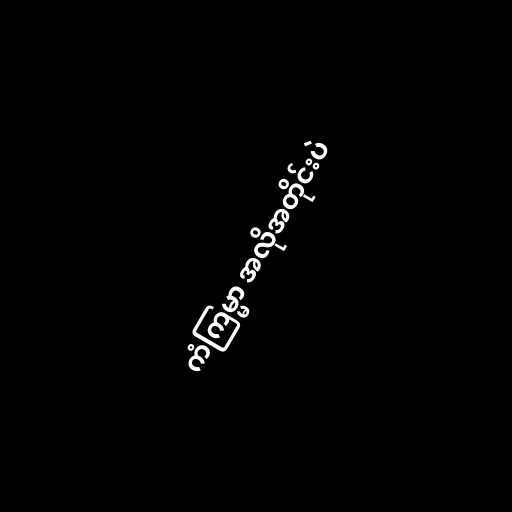
ကံကြမ္မာ အလိုအတိုင်းပဲ